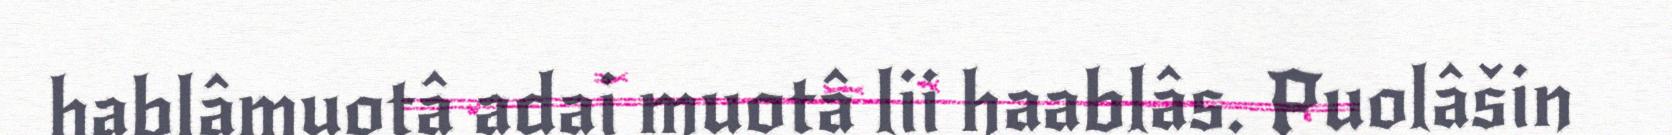
hablâmuotâ adai muotâ lii haablâs. Puolâšin